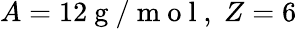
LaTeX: A=12{\mathrm{~g~/~m~o~l~}},\; Z=6